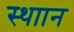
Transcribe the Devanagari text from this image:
स्थाान